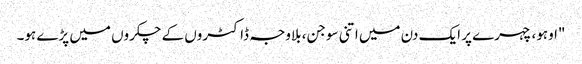
"اوہو، چہرے پر ایک دن میں اتنی سوجن، بلاوجہ ڈاکٹروں کے چکروں میں پڑے ہو۔